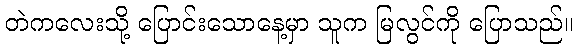
တဲကလေးသို့ ပြောင်းသောနေ့မှာ သူက မြလွင်ကို ပြောသည်။